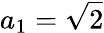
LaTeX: a_{1}={\sqrt{2}}